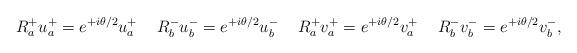
LaTeX: \begin{align*}R_{a}^{+} u_{a}^{+} = e^{+i\theta/2} u_{a}^{+} \hspace{0.5cm} R_{b}^{-} u_{b}^{-} = e^{+i\theta/2} u_{b}^{-} \hspace{0.5cm} R_{a}^{+} v_{a}^{+} = e^{+i\theta/2} v_{a}^{+} \hspace{0.5cm} R_{b}^{-} v_{b}^{-} = e^{+i\theta/2} v_{b}^{-},\end{align*}